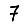
Digit: 7